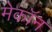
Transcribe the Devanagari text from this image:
मेकॉन